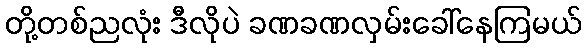
တို့တစ်ညလုံး ဒီလိုပဲ ခဏခဏလှမ်းခေါ်နေကြမယ်